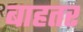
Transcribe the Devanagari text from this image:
बाहतर